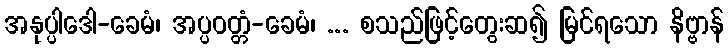
အနုပ္ပါဒေါ-ခေမံ၊ အပ္ပဝတ္တံ-ခေမံ၊ ... စသည်ဖြင့်တွေးဆ၍ မြင်ရသော နိဗ္ဗာန်